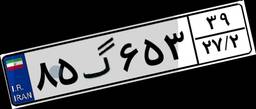
۸۵گ۶۵۳۳۹